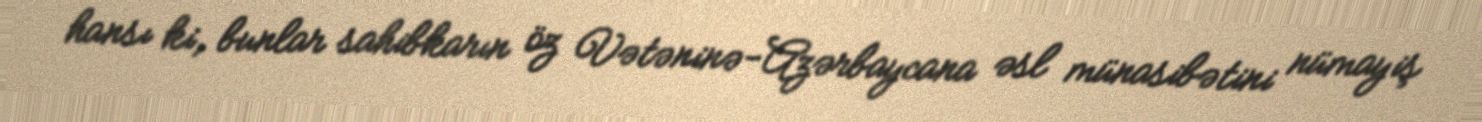
hansı ki, bunlar sahibkarın öz Vətəninə-Azərbaycana əsl münasibətini nümayiş